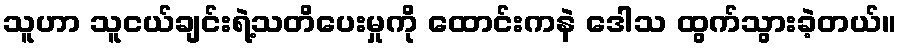
သူဟာ သူငယ်ချင်းရဲ့သတိပေးမှုကို ထောင်းကနဲ ဒေါသ ထွက်သွားခဲ့တယ်။